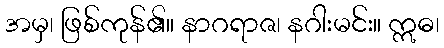
အမှ၊ ဖြစ်ကုန်၏။ နာဂရာဇ၊ နဂါးမင်း။ ဣဓ၊